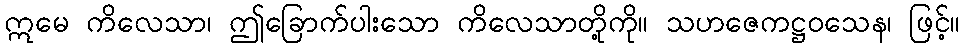
ဣမေ ကိလေသာ၊ ဤခြောက်ပါးသော ကိလေသာတို့ကို။ သဟဇေကဋ္ဌဝသေန၊ ဖြင့်။